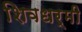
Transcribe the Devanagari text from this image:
शिवधर्मी